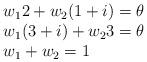
LaTeX: \begin{align*}\begin{array}{ll} w_12+w_2(1+i)=\theta\\ w_1(3+i)+w_23=\theta\\ w_1+w_2=1 \end{array} \end{align*}